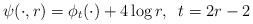
LaTeX: \begin{align*} \psi(\cdot, r)=\phi_{t}(\cdot)+4\log r,\;\;t=2r-2 \end{align*}